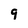
Character: 9